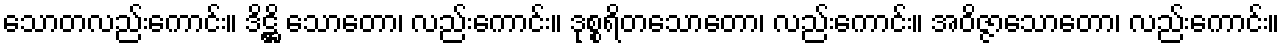
သောတလည်းကောင်း။ ဒိဋ္ဌိ သောတော၊ လည်းကောင်း။ ဒုစ္စရိတသောတော၊ လည်းကောင်း။ အဝိဇ္ဇာသောတော၊ လည်းကောင်း။